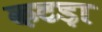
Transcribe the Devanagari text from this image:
कटड़ा